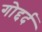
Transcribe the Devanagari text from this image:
गोद्दर्द